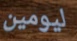
ليومين